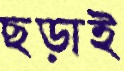
ছড়াই